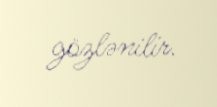
gözlənilir.